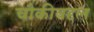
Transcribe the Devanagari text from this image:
चौकीबद्दल